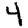
Digit: 4